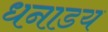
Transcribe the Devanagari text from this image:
धनाडय